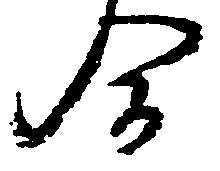
合